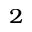
_ 2